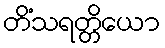
တိံသရတ္တိယော